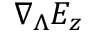
\nabla _ { \boldsymbol { \Lambda } } E _ { z }